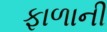
ફાળાની